Vaccination North-Western Provinces and Oudh 1878-1895 - 1878-1895
Year: 1878
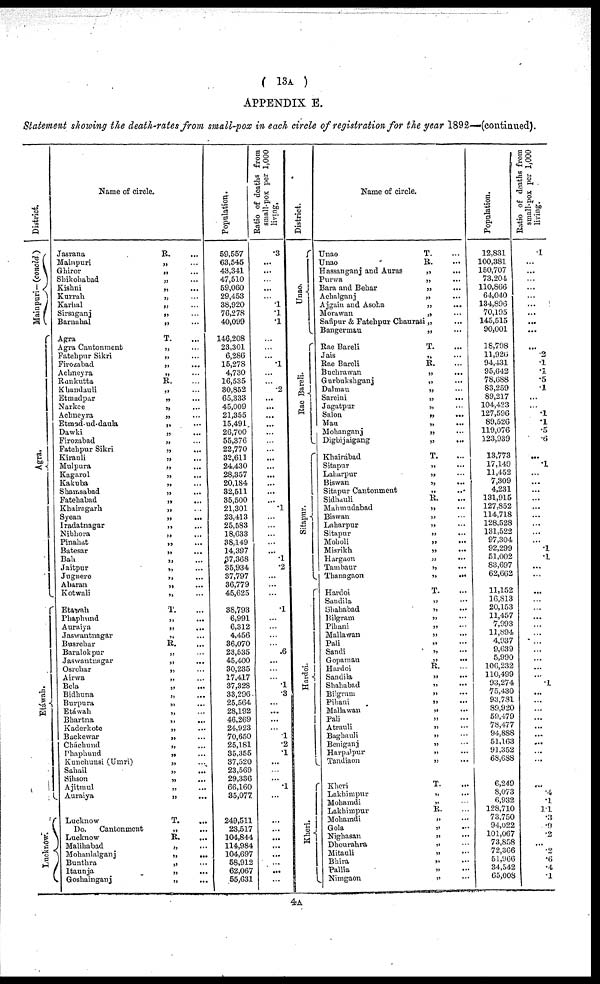
( 13A )
APPENDIX E.
Statement showing the death-rates from small-pox in each circle of registration for the year 1892—(continued).
District.
Mainpuri—(concld.)
Agra.
Etáwali.
Lucknow.
Name of circle.
Jasrana
Mainpuri
Ghiror
Shikohabad
Kishni
Kurrah
Karhal
Sirsaganj
Barnahal
Agra
Agra Cantonment
Fatehpur Sikri
Firozabad
Achneyra
Runkutta
Khandauli
Etmadpar
Narkee
Achneyra
Etmad-ud-daula
Dawki
Firozabad
Fatehpur Sikri
Kirauli
Mulpura
Kagarol
Kakuba
Shamsabad
Fatehabad
Khairagarh
Syean
Iradatnagar
Nibhora
Pinahat
Batesar
Bali
Jaitpur
Jugnere
Aharan
Kotwali
Etawah
Phaphund
Auraiya
Jaswantnagar
Busrehar
Baralokpur
Jaswantnagar
Osrehar
Airwa
Bela
Bidhuna
Burpura
Etáwah
Bhartna
Kaderkote
Backewar
Cháchund
Phaphund
Kunchunsi (Umri)
Sahail
Sihson
Ajitmul
Auraiya
Lucknow
Do.
Cantonment
Lucknow
Malihabad
Mohanlalganj
Bunthra
Itaunja
Goshainganj
R. ...
„ ...
„
...
„
...
„
...
„ ...
„ ...
„ ...
„ ...
T. ...
„ ...
„ ...
„ ...
„ ...
R. ...
„ ...
„ ...
„ ...
„ ...
„
...
„
...
„ ...
„
...
„
...
„
...
„
...
„ ...
„ ...
„
...
„ ...
„ ...
„ ...
„ ...
„ ...
„ ...
„ ...
„ ...
„ ...
„ ...
„ ...
T. ...
„
...
„
...
„
...
R. ...
„ ...
„
...
„
...
„
...
„
...
„
...
„
...
„
...
„
...
„
...
„
...
„
...
„ ...
„ ...
„
...
„
...
„ ...
„ ...
T. ...
„ ...
R. ...
„ ...
„ ...
„ ...
„ ...
„ ...
Population.
59,557
63,545
43,341
47,510
59,060
29,453
38,920
76,278
40,099
146,208
23,301
6,286
15,278
4,730
16,535
30,852
65,333
45,009
21,355
15,491
26,700
55,376
22,770
32,611
24,430
28,357
20,184
32,511
35,500
21,301
23,413
25,583
18,633
38,149
14,397
37,368
35,934
37,797
36,779
45,625
38,793
6,991
6,312
4,456
36,070
23,535
45,400
30,235
17,417
37,328
33,296
25,564
28,192
46,269
24,923
70,650
25,181
35,355
37,520
23,569
29,336
66,160
35,077
249,511
23,517
104,844
114,984
104,697
58,912
62,067
55,631
Ratio of deaths from
small-pox per 1,000
living.
.3
...
...
...
...
...
.1
.1
.1
...
...
...
.1
...
...
.2
...
...
...
...
...
...
...
...
...
...
...
...
...
.1
...
...
...
...
...
.1
.2
...
...
...
.1
...
...
...
...
.6
...
...
...
.1
.3
...
...
...
...
.1
.2
.1
...
...
...
.1
...
...
...
...
...
...
...
...
...
District.
Unao.
Rae Bareli.
Sitapur.
Hardoi.
Kheri.
Name of circle.
Unao
Unao
Hassanganj and Auras
Purwa
Bara and Bebar
Achalganj
Ajgain and Asoha
Morawan
Safipur & Fatehpur Chaurasi
Bangermau
Rae Bareli
Jais
Rae Bareli
Buchrawan
Gurbukshganj
Dalmau
Sareini
Jagatpur
Salon
Mau
Mohanganj
Digbijaigang
Khairábad
Sitapur
Laharpur
Biswan
Sitapur Cantonment
Sidhauli
Mahmudabad
Biswan
Laharpur
Sitapur
Moholi
Misrikh
Hargaon
Tambaur
Thanagaon
Hardoi
Sandila
Shahabad
Bilgram
Pihani
Mallawan
Pali
Sandi
Gopamau
Hardoi
Sandila
Shahabad
Bilgram
Pihani
Mallawan
Pali
Atrauli
Baghauli
Beniganj
Harpalpur
Tandiaon
Kheri
Lakhimpur
Mohamdi
Lakhimpur
Mohamdi
Gola
Nighasan
Dhourahra
Mitauli
Bhira
Pallia
Nimgaon
T. ...
R. ...
„ ...
„ ...
„ ...
„ ...
„ ...
„ ...
„ ...
„ ...
T. ...
„ ...
R. ...
„ ...
„ ...
„ ...
„ ...
„ ...
„ ...
„ ...
„ ...
„ ...
T. ...
„ ...
„ ...
„ ...
„ ...
R. ...
„ ...
„ ...
„ ...
„ ...
„ ...
„ ...
„ ...
„ ...
„ ...
T. ...
„ ...
„ ...
„ ...
„ ...
„ ...
„ ...
„ ...
„ ...
R. ...
„ ...
„ ...
„ ...
„ ...
„ ...
„ ...
„ ...
„ ...
„ ...
„ ...
„ ...
T. ....
„ ...
„ ...
R. ...
„ ...
„ ...
„ ...
„ ...
„ ...
„ ...
„ ...
„
...
Population.
12,831
100,381
150,707
73,204
110,866
64,040
134,896
70,195
145,515
90,001
18,798
11,926
94,431
95,642
78,688
83,259
89,217
104,423
127,596
89,526
119,076
123,939
13,773
17,149
11,452
7,309
4,231
131,915
127,852
114,718
128,528
131,522
97,304
92,299
51,002
83,697
62,662
11,152
16,813
20,153
11,457
7,993
11,894
4,937
9,639
5,990
106,232
110,499
93,274
75,430
93,781
89,920
59,479
78,477
94,888
51,163
91,352
68,688
6,249
8,073
6,932
128,710
73,750
94,022
101,067
73,858
72,366
51,966
34,542
65,008
Ratio of deaths from
small-pox per 1,000
living.
.1
...
...
...
...
...
...
...
...
...
...
.2
.1
.1
.5
.1
...
...
.1
.1
.5
.6
...
.1
...
...
...
...
...
...
...
...
...
.1
.1
...
...
...
...
...
...
...
...
...
...
...
...
...
.1
...
...
...
...
...
...
...
...
...
...
.1
.1
1.1
.3
.9
.2
...
.2
.6
.4
.1
4A